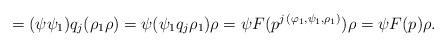
LaTeX: \begin{align*}=(\psi\psi_1)q_j(\rho_1\rho)=\psi(\psi_1q_j\rho_1)\rho=\psi F(p^{j\,(\varphi_1,\psi_1,\rho_1)})\rho=\psi F(p)\rho.\end{align*}